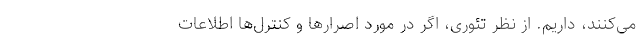
می‌کنند، داریم. از نظر تئوری، اگر در مورد اصرارها و کنترل‌ها اطلاعات